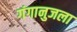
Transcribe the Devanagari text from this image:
गंगानुजला